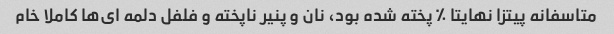
متاسفانه پیتزا نهایتا ٪ پخته شده بود، نان و پنیر ناپخته و فلفل دلمه ای‌ها کاملا خام